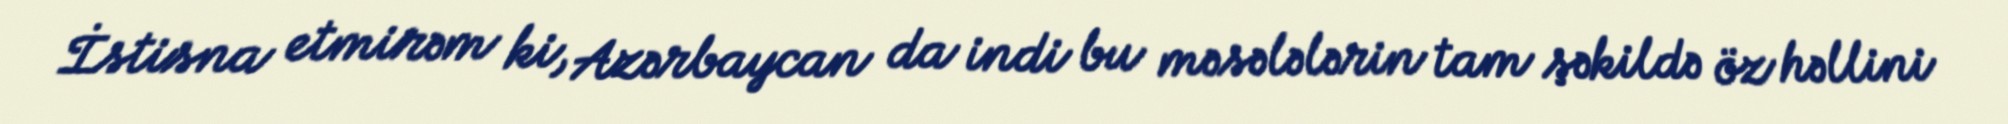
İstisna etmirəm ki, Azərbaycan da indi bu məsələlərin tam şəkildə öz həllini